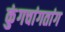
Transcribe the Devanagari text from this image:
कुंगचांगतांग